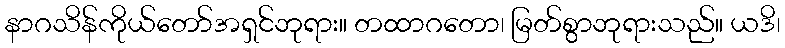
နာဂသိန်ကိုယ်တော်အရှင်ဘုရား။ တထာဂတော၊ မြတ်စွာဘုရားသည်။ ယဒိ၊